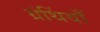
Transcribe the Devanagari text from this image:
ग्रंथिंयाँ